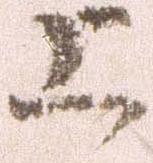
上